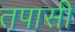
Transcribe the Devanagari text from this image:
तपासी